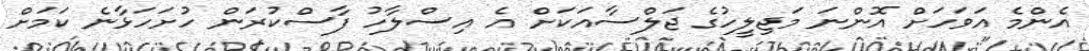
އެންމެ އަވަހަށް އޮންނަ މަޖިލީހުގެ ޖަލްސާއަކަށް އެ އިސްލާހު ފާސްކުރަން ހުށަހަޅާނެ ކަމަށް